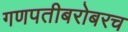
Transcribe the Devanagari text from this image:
गणपतीबरोबरच